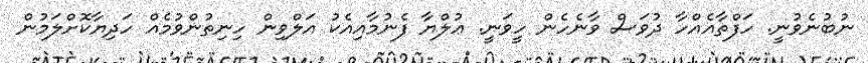
ނުބުނެވުނީ. ހަފްތާއެއްހާ ދުވަސް ވާނެހެން ހީވަނީ. ޢުލްޔާ ފެނުމާއިއެކު އަލްވިން ހިނިތުންވުމެއް ހަދިޔާކޮށްލަމުން